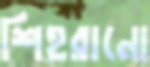
শিহরানো